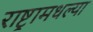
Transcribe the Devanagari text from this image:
राष्ट्रामधल्या